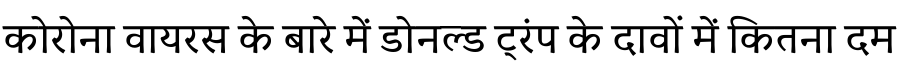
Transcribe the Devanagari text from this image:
कोरोना वायरस के बारे में डोनल्ड ट्रंप के दावों में कितना दम